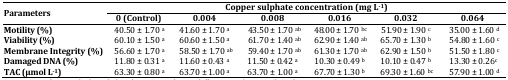
<table><thead><tr><td rowspan="2"><b>Parameters</b></td><td colspan="6"><b>Copper sulphate concentration (mg L<sup>-1</sup>)</b></td></tr><tr><td><b>0 (Control)</b></td><td><b>0.004</b></td><td><b>0.008</b></td><td><b>0.016</b></td><td><b>0.032</b></td><td><b>0.064</b></td></tr></thead><tbody><tr><td><b>Motility (%)</b></td><td> 40.50 ± 1.70 <sup>a</sup></td><td>41.60 ± 1.70 <sup>a</sup></td><td> 43.50 ± 1.70 <sup>ab</sup></td><td> 48.00 ± 1.70 <sup>bc</sup></td><td>51.90 ± 1.90 <sup>c</sup></td><td> 35.00 ± 1.60 <sup>d</sup></td></tr><tr><td><b>Viability (%)</b></td><td> 60.10 ± 1.50 <sup>a</sup></td><td>60.60 ± 1.50 <sup>a</sup></td><td> 61.70 ± 1.40 <sup>ab</sup></td><td> 62.90 ± 1.40 <sup>ab</sup></td><td>65.70 ± 1.30 <sup>b</sup></td><td> 54.80 ± 1.60 <sup>c</sup></td></tr><tr><td><b>Membrane Integrity (%)</b></td><td> 56.60 ± 1.70 <sup>a</sup></td><td> 58.50 ± 1.70 <sup>ab</sup></td><td> 59.40 ± 1.70 <sup>ab</sup></td><td> 61.30 ± 1.70 <sup>ab</sup></td><td>62.90 ± 1.50 <sup>b</sup></td><td> 51.50 ± 1.80 <sup>c</sup></td></tr><tr><td><b>Damaged DNA (%)</b></td><td> 11.80 ± 0.31 <sup>a</sup></td><td>11.60 ± 0.43 <sup>a</sup></td><td>11.50 ± 0.42 <sup>a</sup></td><td>10.30 ± 0.49 <sup>b</sup></td><td>10.10 ± 0.47 <sup>b</sup></td><td> 13.30 ± 0.26<sup>c</sup></td></tr><tr><td><b>TAC (μmol L</b><sup>-1</sup><b>)</b></td><td> 63.30 ± 0.80 <sup>a</sup></td><td>63.70 ± 1.00 <sup>a</sup></td><td>63.70 ± 1.00 <sup>a</sup></td><td>67.70 ± 1.30 <sup>b</sup></td><td> 69.30 ± 1.60 <sup>bc</sup></td><td> 57.90 ± 1.00 <sup>d</sup></td></tr></tbody></table>